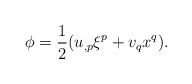
\begin{align*}\phi=\frac{1}{2}(u_{,p}\xi^p+v_qx^q).\end{align*}